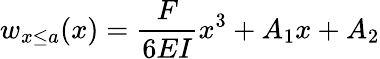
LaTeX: w_{x\leq a}(x)=\frac{F}{6EI}x^{3}+A_{1}x+A_{2}